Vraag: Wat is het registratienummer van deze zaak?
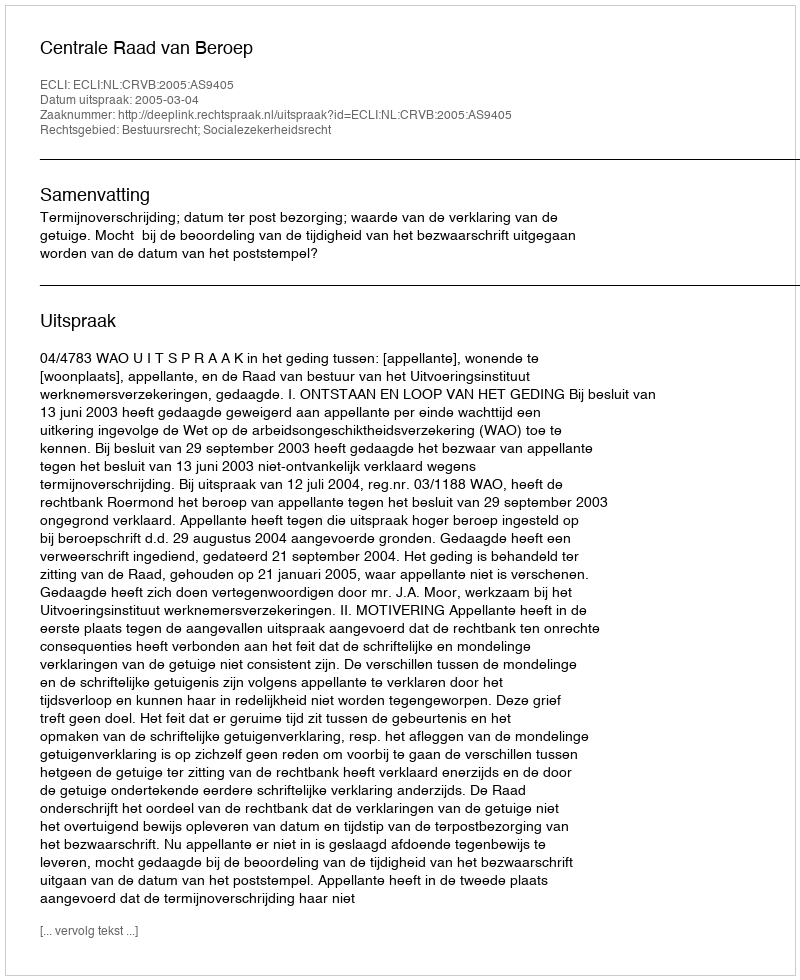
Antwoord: http://deeplink.rechtspraak.nl/uitspraak?id=ECLI:NL:CRVB:2005:AS9405